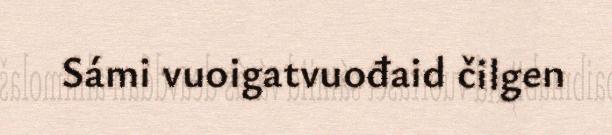
Sámi vuoigatvuođaid čilgen